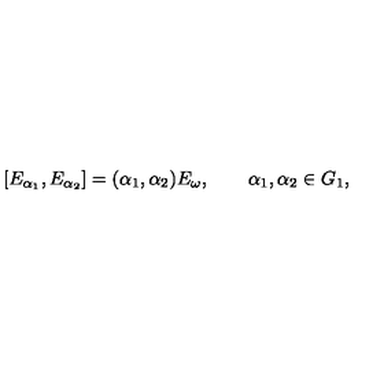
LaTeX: [ E _ { \alpha _ { 1 } } , E _ { \alpha _ { 2 } } ] = ( \alpha _ { 1 } , \alpha _ { 2 } ) E _ { \omega } , \qquad \alpha _ { 1 } , \alpha _ { 2 } \in G _ { 1 } ,